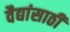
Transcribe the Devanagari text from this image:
वैद्यांसाठी